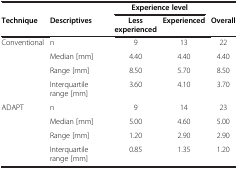
<table><thead><tr><td><b> </b></td><td><b> </b></td><td colspan="2"><b>Experience level</b></td><td><b> </b></td></tr><tr><td><b>Technique</b></td><td><b>Descriptives</b></td><td><b>Less experienced</b></td><td><b>Experienced</b></td><td><b>Overall</b></td></tr></thead><tbody><tr><td rowspan="4">Conventional</td><td>n</td><td>9</td><td>13</td><td>22</td></tr><tr><td>Median [mm]</td><td>4.40</td><td>4.40</td><td>4.40</td></tr><tr><td>Range [mm]</td><td>8.50</td><td>5.70</td><td>8.50</td></tr><tr><td>Interquartile range [mm]</td><td>3.60</td><td>4.10</td><td>3.70</td></tr><tr><td rowspan="4">ADAPT</td><td>n</td><td>9</td><td>14</td><td>23</td></tr><tr><td>Median [mm]</td><td>5.00</td><td>4.60</td><td>5.00</td></tr><tr><td>Range [mm]</td><td>1.20</td><td>2.90</td><td>2.90</td></tr><tr><td>Interquartile range [mm]</td><td>0.85</td><td>1.35</td><td>1.20</td></tr></tbody></table>